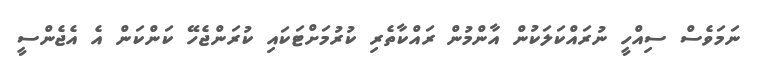
ނަމަވެސް ސިއްހީ ނުރައްކަލަކުން އާންމުން ރައްކާތެރި ކުރުމަށްޓަކައި ކުރަންޖެހޭ ކަންކަން އެ އެޖެންސީ